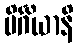
ပိင်္ဂိယာနိ